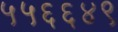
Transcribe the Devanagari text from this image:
५५६६४९